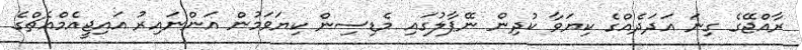
ރާއްޖޭގެ ގިނަ އަދަދެއްގެ ކިޔަވާ ކުދިން ނޭޕާލުގައި މެޑިސިން ކިޔަވަމުން އަންނައިރު އައިޖީއެމްއެޗްގެ